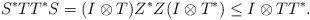
LaTeX: \begin{align*}S^* T T^* S = (I \otimes T) Z^* Z (I \otimes T^*) \leq I \otimes T T^*.\end{align*}